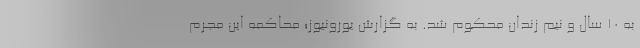
به ۱۰ سال و نیم زندان محکوم شد. به گزارش یورونیوز؛ محاکمه این مجرم